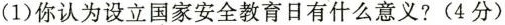
(1)你认为设立国家安全教育日有什么意义?(4分)